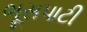
ભૂસપાટી